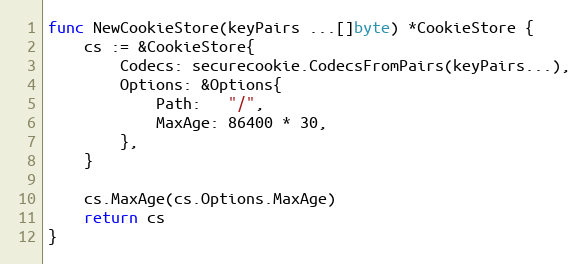
Language: Go
func NewCookieStore(keyPairs ...[]byte) *CookieStore {
	cs := &CookieStore{
		Codecs: securecookie.CodecsFromPairs(keyPairs...),
		Options: &Options{
			Path:   "/",
			MaxAge: 86400 * 30,
		},
	}

	cs.MaxAge(cs.Options.MaxAge)
	return cs
}